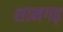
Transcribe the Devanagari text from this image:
शामगढ़